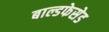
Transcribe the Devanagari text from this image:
बाल्डफेसेड